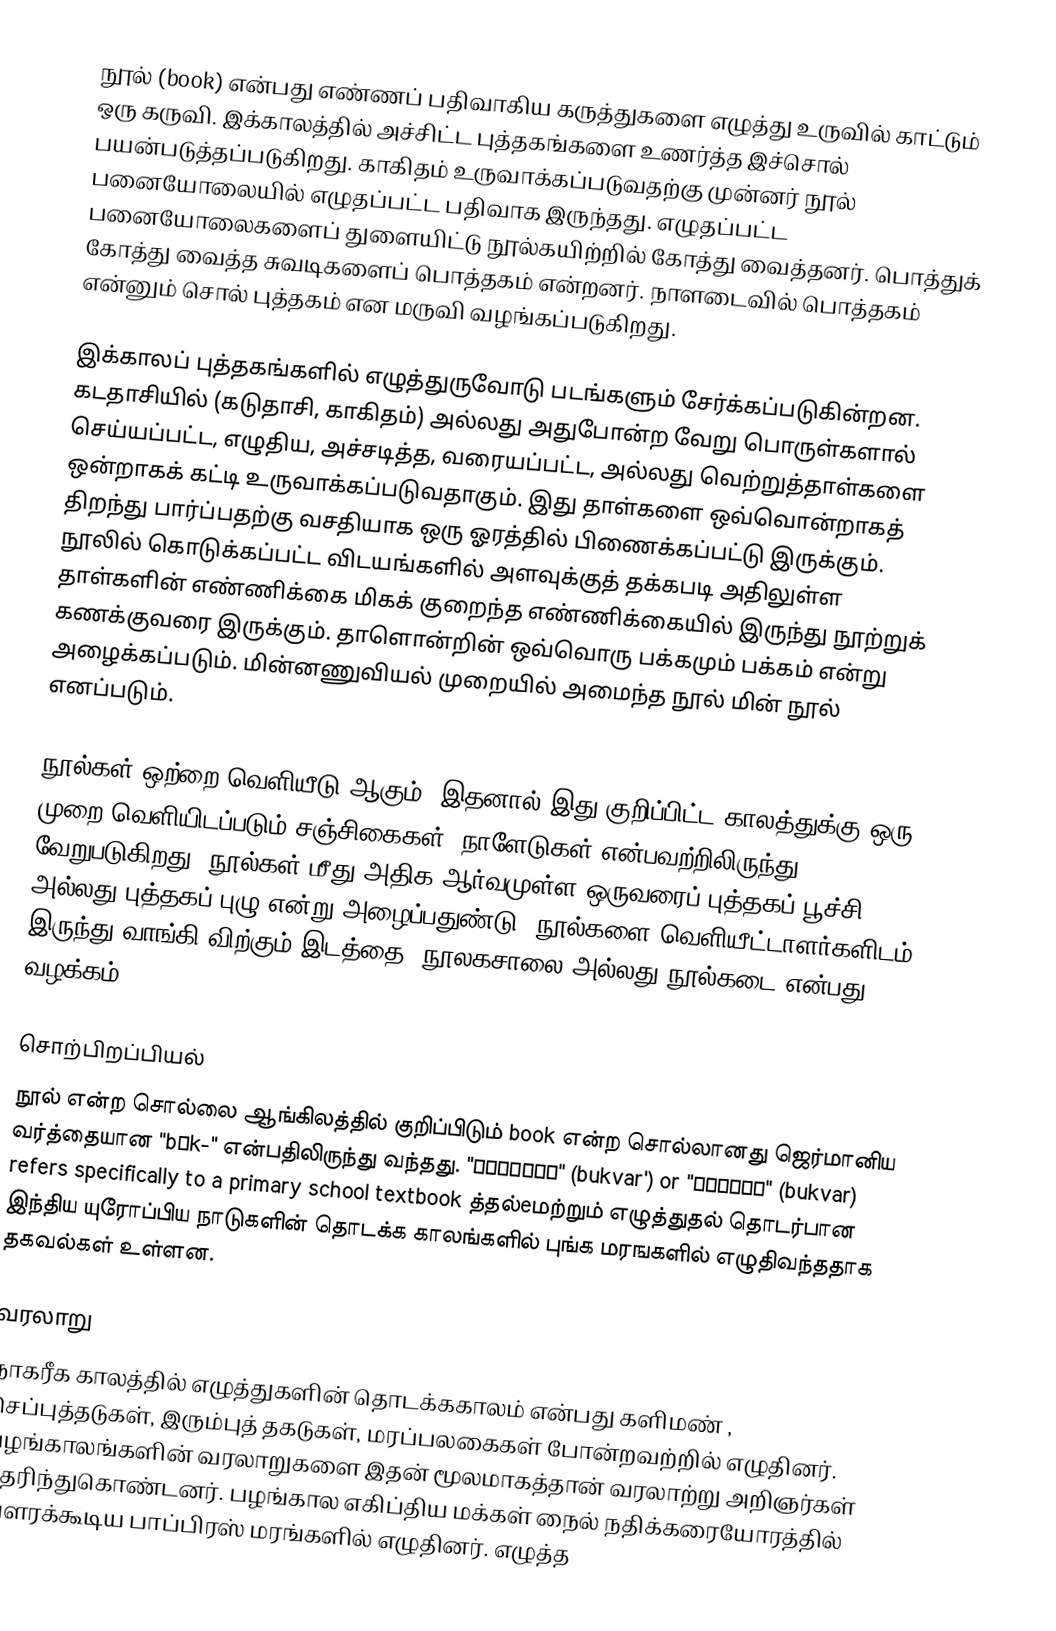
நூல் (book) என்பது எண்ணப் பதிவாகிய கருத்துகளை எழுத்து உருவில் காட்டும் ஒரு கருவி. இக்காலத்தில் அச்சிட்ட புத்தகங்களை உணர்த்த இச்சொல் பயன்படுத்தப்படுகிறது. காகிதம் உருவாக்கப்படுவதற்கு முன்னர் நூல் பனையோலையில் எழுதப்பட்ட பதிவாக இருந்தது. எழுதப்பட்ட பனையோலைகளைப் துளையிட்டு நூல்கயிற்றில் கோத்து வைத்தனர். பொத்துக் கோத்து வைத்த சுவடிகளைப் பொத்தகம் என்றனர். நாளடைவில் பொத்தகம் என்னும் சொல் புத்தகம் என மருவி வழங்கப்படுகிறது.

இக்காலப் புத்தகங்களில் எழுத்துருவோடு படங்களும் சேர்க்கப்படுகின்றன. கடதாசியில் (கடுதாசி, காகிதம்) அல்லது அதுபோன்ற வேறு பொருள்களால் செய்யப்பட்ட, எழுதிய, அச்சடித்த, வரையப்பட்ட, அல்லது வெற்றுத்தாள்களை ஒன்றாகக் கட்டி உருவாக்கப்படுவதாகும். இது தாள்களை ஒவ்வொன்றாகத் திறந்து பார்ப்பதற்கு வசதியாக ஒரு ஓரத்தில் பிணைக்கப்பட்டு இருக்கும். நூலில் கொடுக்கப்பட்ட விடயங்களில் அளவுக்குத் தக்கபடி அதிலுள்ள தாள்களின் எண்ணிக்கை மிகக் குறைந்த எண்ணிக்கையில் இருந்து நூற்றுக் கணக்குவரை இருக்கும். தாளொன்றின் ஒவ்வொரு பக்கமும் பக்கம் என்று அழைக்கப்படும். மின்னணுவியல் முறையில் அமைந்த நூல் மின் நூல் எனப்படும்.

நூல்கள் ஒற்றை வெளியீடு ஆகும். இதனால் இது குறிப்பிட்ட காலத்துக்கு ஒரு முறை வெளியிடப்படும் சஞ்சிகைகள், நாளேடுகள் என்பவற்றிலிருந்து வேறுபடுகிறது. நூல்கள் மீது அதிக ஆர்வமுள்ள ஒருவரைப் புத்தகப் பூச்சி அல்லது புத்தகப் புழு என்று அழைப்பதுண்டு. நூல்களை வெளியீட்டாளர்களிடம் இருந்து வாங்கி விற்கும் இடத்தை, நூலகசாலை அல்லது நூல்கடை என்பது வழக்கம்.

சொற்பிறப்பியல்
 நூல் என்ற சொல்லை ஆங்கிலத்தில் குறிப்பிடும் book என்ற சொல்லானது ஜெர்மானிய வர்த்தையான  "bōk-" என்பதிலிருந்து வந்தது. "букварь" (bukvar') or "буквар" (bukvar) refers specifically to a primary school textbook த்தல்eமற்றும் எழுத்துதல் தொடர்பான இந்திய யுரோப்பிய நாடுகளின் தொடக்க காலங்களில் புங்க மரஙகளில் எழுதிவந்ததாக தகவல்கள் உள்ளன.

வரலாறு
நாகரீக காலத்தில் எழுத்துகளின் தொடக்ககாலம் என்பது களிமண் , செப்புத்தடுகள், இரும்புத் தகடுகள், மரப்பலகைகள் போன்றவற்றில் எழுதினர். பழங்காலங்களின் வரலாறுகளை இதன் மூலமாகத்தான் வரலாற்று அறிஞர்கள் தெரிந்துகொண்டனர். பழங்கால எகிப்திய மக்கள் நைல் நதிக்கரையோரத்தில் வளரக்கூடிய பாப்பிரஸ் மரங்களில் எழுதினர். எழுத்த